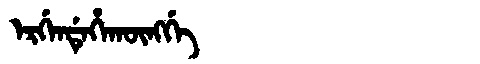
Manchu: ᡝᡵᡤᡝᠨᡩᡝᡥᠠᡴᡡᠩᡤᡝ
Romanization: ERGENDEHAKŪNGGE